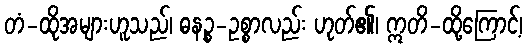
တံ-ထိုအများဟူသည်၊ ဓနဉ္စ-ဥစ္စာလည်း ဟုတ်၏၊ ဣတိ-ထို့ကြောင့်၊